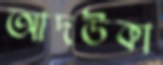
আদউকা